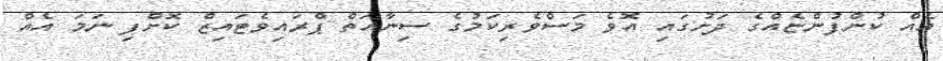
އެއް ކުންފުންޏެއްގެ ދަށުގައި އޮވެ މަސްވެރިކަމުގެ ސިނާއަތް ޕްރައިވެޓައިޒް ކޮށްފި ނަމަ އެއް